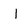
Character: l